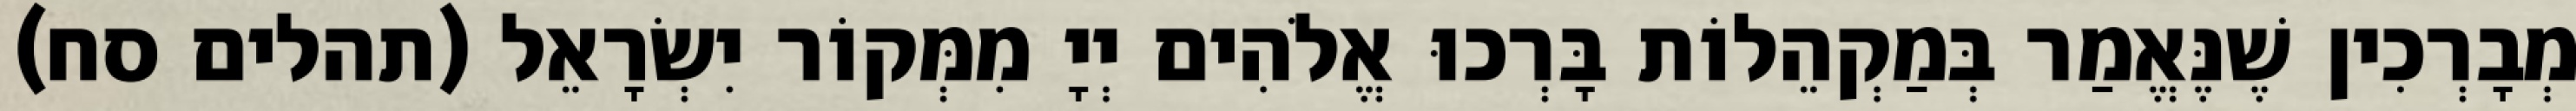
מְבָרְכִין שֶׁנֶּאֱמַר בְּמַקְהֵלוֹת בָּרְכוּ אֱלֹהִים יְיָ מִמְּקוֹר יִשְׂרָאֵל (תהלים סח)